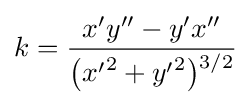
k={\frac {x'y''-y'x''}{{\bigl (}{x'}^{2}+{y'}^{2}{\bigr )}{\vphantom {'}}^{3/2}}}